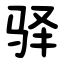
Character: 驿